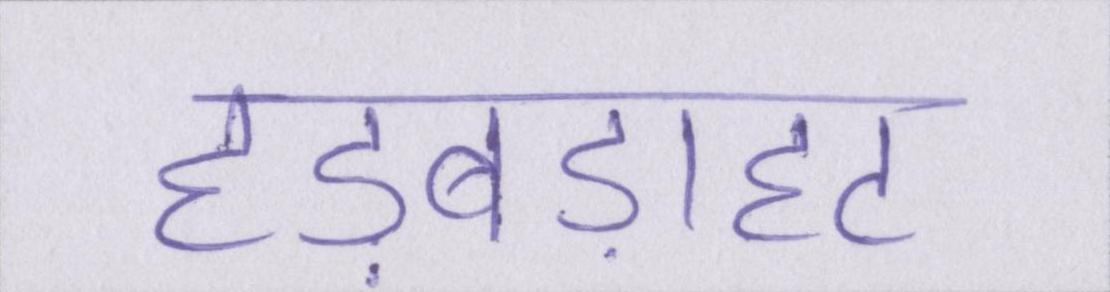
हड़बड़ाहट